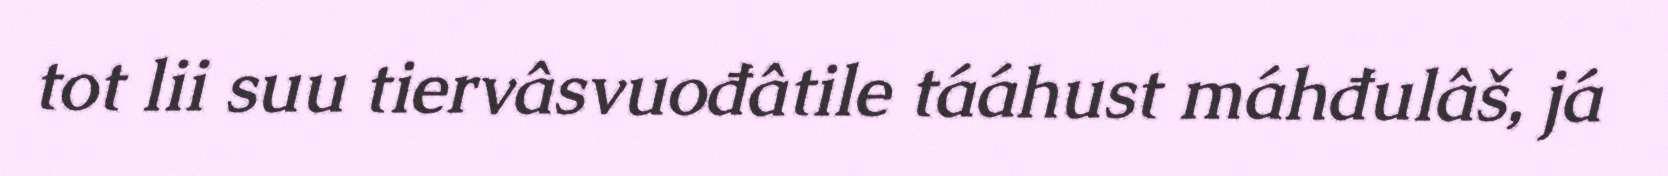
tot lii suu tiervâsvuođâtile tááhust máhđulâš, já